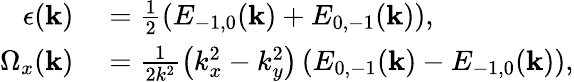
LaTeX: \begin{array}{rl}{\epsilon(\mathbf{k})}&{{}=\frac{1}{2}(E_{-1,0}(\mathbf{k})+E_{0,-1}(\mathbf{k})),}\\ {\Omega_{x}(\mathbf{k})}&{{}=\frac{1}{2k^{2}}\left(k_{x}^{2}-k_{y}^{2}\right)\left(E_{0,-1}(\mathbf{k})-E_{-1,0}(\mathbf{k})\right),}\end{array}